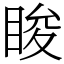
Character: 睃